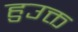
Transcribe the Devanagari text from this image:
हुउक्त